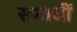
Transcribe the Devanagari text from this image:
समाधीं